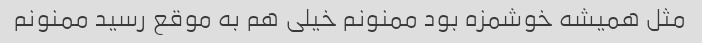
مثل همیشه خوشمزه بود ممنونم خیلی هم به موقع رسید ممنونم